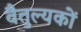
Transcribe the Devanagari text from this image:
वैतुल्यकों